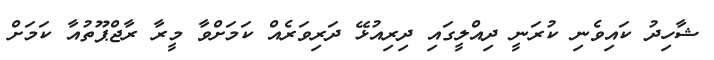
ޝާހިދު ކައިވެނި ކުރަނީ ދިއްލީގައި ދިރިއުޅޭ ދަރިވަރެއް ކަމަށްވާ މީރާ ރާޖްޕޫތުއާ ކަމަށް